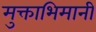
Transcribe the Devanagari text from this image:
मुक्ताभिमानी